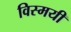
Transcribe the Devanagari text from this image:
विस्मयी